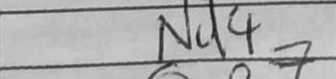
Transcription: Nd4